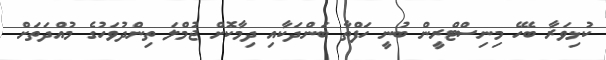
ކުޅިވަރާ ބެހޭ މިނިސްޓްރީން ބުނީ ހަފްތާ ބަންދަކާއި ދިމާކޮށް ޖުމްލަ ތިންދުވަހުގެ މުއްދަތަށް